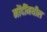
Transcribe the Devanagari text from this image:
नोंदींमधील